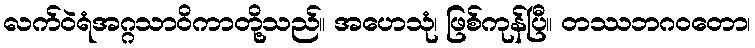
လက်ဝဲရံအဂ္ဂသာဝိကာတို့သည်။ အဟေသုံ၊ ဖြစ်ကုန်ပြီ။ တဿဘဂဝတော၊